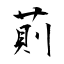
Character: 萴